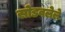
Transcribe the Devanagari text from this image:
सोडवलेले